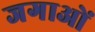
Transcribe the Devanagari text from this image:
जगाओं